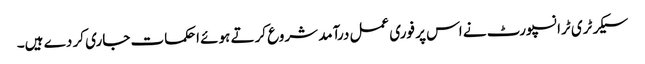
سیکرٹری ٹرانسپورٹ نے اس پر فوری عمل درآمد شروع کرتے ہوئے احکمات جاری کر دے ہیں۔